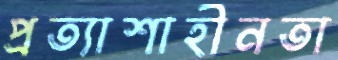
প্রত্যাশাহীনতা